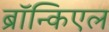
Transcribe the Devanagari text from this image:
ब्रॉन्किएल